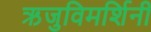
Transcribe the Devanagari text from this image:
ऋजुविमर्शिनी